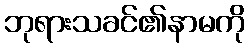
ဘုရားသခင်၏နာမကို